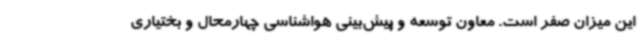
این میزان صفر است. معاون توسعه و پیش‌بینی هواشناسی چهارمحال و بختیاری